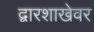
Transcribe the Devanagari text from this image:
द्वारशाखेवर